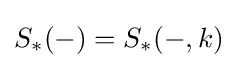
S_{\ast }(-)=S_{\ast }(-,k)